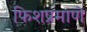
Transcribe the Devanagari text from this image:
फिशप्रमाणे